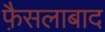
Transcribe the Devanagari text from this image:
फै़सलाबाद